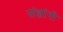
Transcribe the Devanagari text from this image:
संज्ञांनी